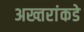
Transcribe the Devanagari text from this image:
अख्तरांकडे